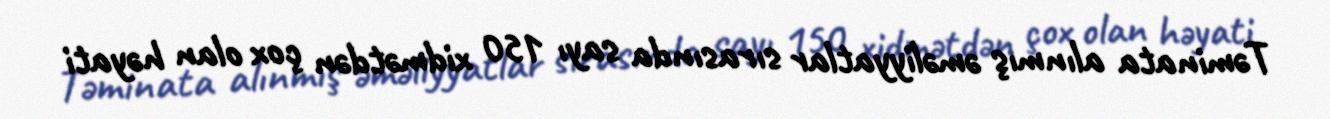
Təminata alınmış əməliyyatlar sırasında sayı 150 xidmətdən çox olan həyati